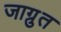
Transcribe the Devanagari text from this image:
जाग्रुत